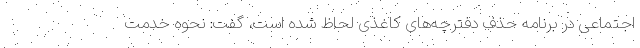
اجتماعی در برنامه حذف دفترچه‌های کاغذی لحاظ شده است، گفت: نحوه خدمت